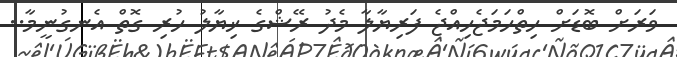
ވަރަށް ބޮޑަށް ހިތްހަމަޖެހިއްޖެ ފަރިޔާލާ މެދު ރޭޝްގެ ޚިޔާލު ހުރި ގޮތް އެނގުނީމާ..